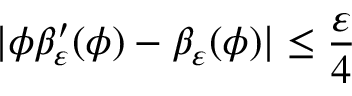
\displaystyle | \phi \beta _ { \varepsilon } ^ { \prime } ( \phi ) - \beta _ { \varepsilon } ( \phi ) | \leq \frac { \varepsilon } { 4 }